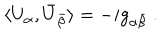
\langle U _ { \alpha } , \bar { U } _ { \bar { \beta } } \rangle = - i g _ { \alpha \bar { \beta } } \ .